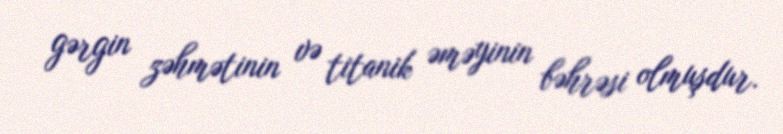
gərgin zəhmətinin və titanik əməyinin bəhrəsi olmuşdur.